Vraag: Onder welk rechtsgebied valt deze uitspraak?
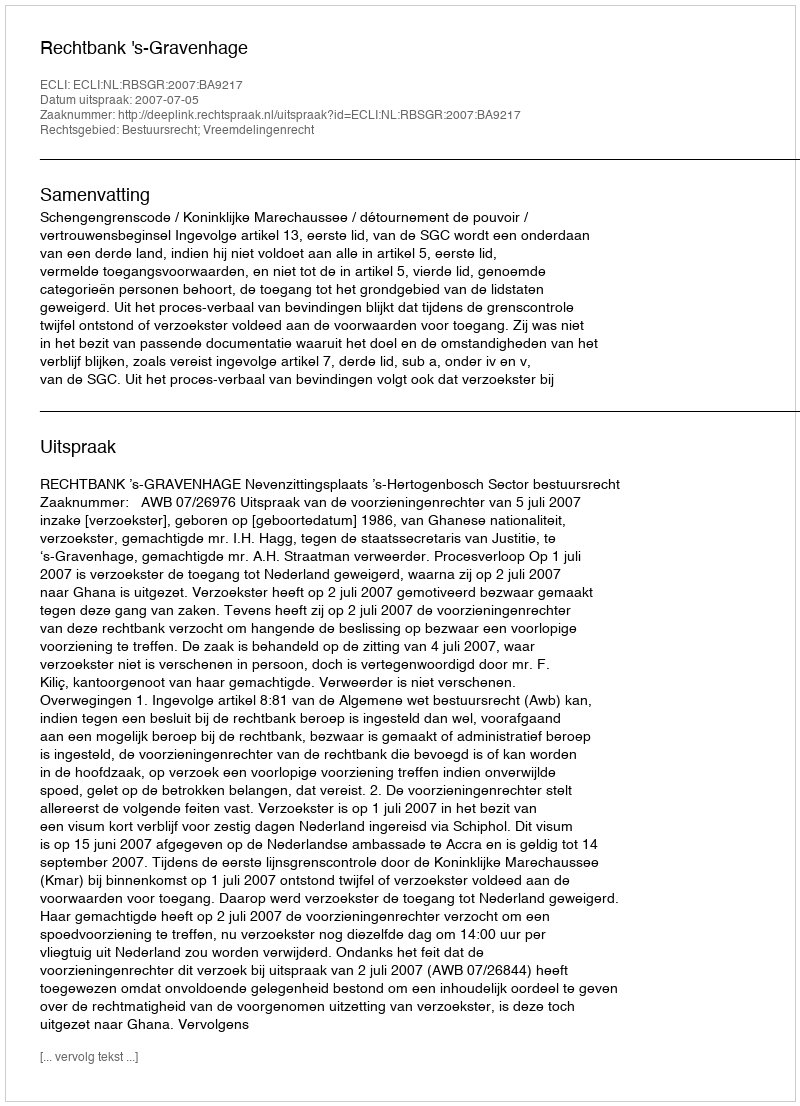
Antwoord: Bestuursrecht; Vreemdelingenrecht